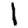
Digit: 1